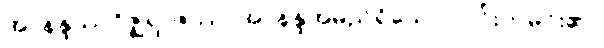
အာနန္ဒဿဂိဇ္ဈရာဇဿ၊ အာနန္ဒအမည်ရှိသော လင်းတမင်း၏။